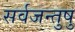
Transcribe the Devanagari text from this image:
सर्वजन्तुषु